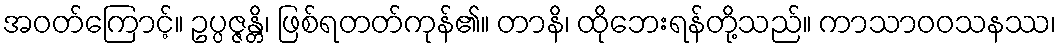
အဝတ်ကြောင့်။ ဥပ္ပဇ္ဇန္တိ၊ ဖြစ်ရတတ်ကုန်၏။ တာနိ၊ ထိုဘေးရန်တို့သည်။ ကာသာဝဝသနဿ၊